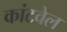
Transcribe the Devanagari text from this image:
कांटवेल